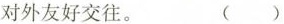
对外友好交往。 （）